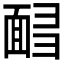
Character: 𩈟